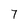
Character: 7